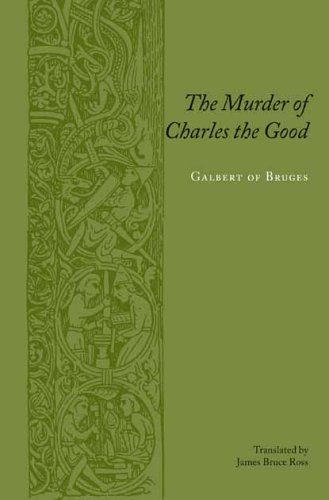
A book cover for The Murder of Charles the Good (Records of Western Civilization Series); Galbert of Bruges; History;